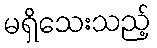
မရှိသေးသည့်